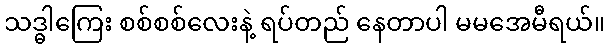
သဒ္ဓါကြေး စစ်စစ်လေးနဲ့ ရပ်တည် နေတာပါ မမအေမီရယ်။